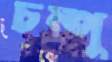
চম্পু